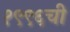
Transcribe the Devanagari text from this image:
१९९६ची